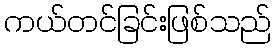
ကယ်တင်ခြင်းဖြစ်သည်